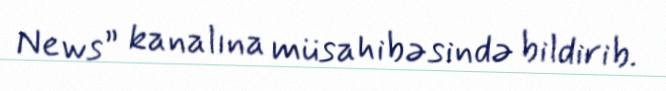
News” kanalına müsahibəsində bildirib.